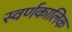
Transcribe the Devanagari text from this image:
स्वर्णकालिक